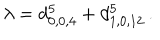
\lambda = d _ { 0 , 0 , 4 } ^ { 5 } + d _ { 1 , 0 , 1 2 } ^ { 5 } \, .